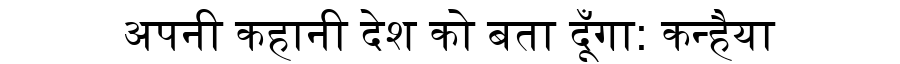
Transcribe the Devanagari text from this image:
अपनी कहानी देश को बता दूँगा: कन्हैया